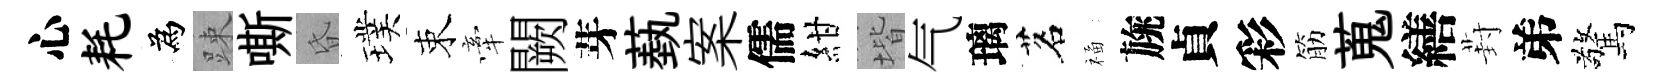
心耗為踈嘶昏璞束牽闕芽蓺案儒紺堦气璃茗福旐貞彩筋蒐繕葑弟驚